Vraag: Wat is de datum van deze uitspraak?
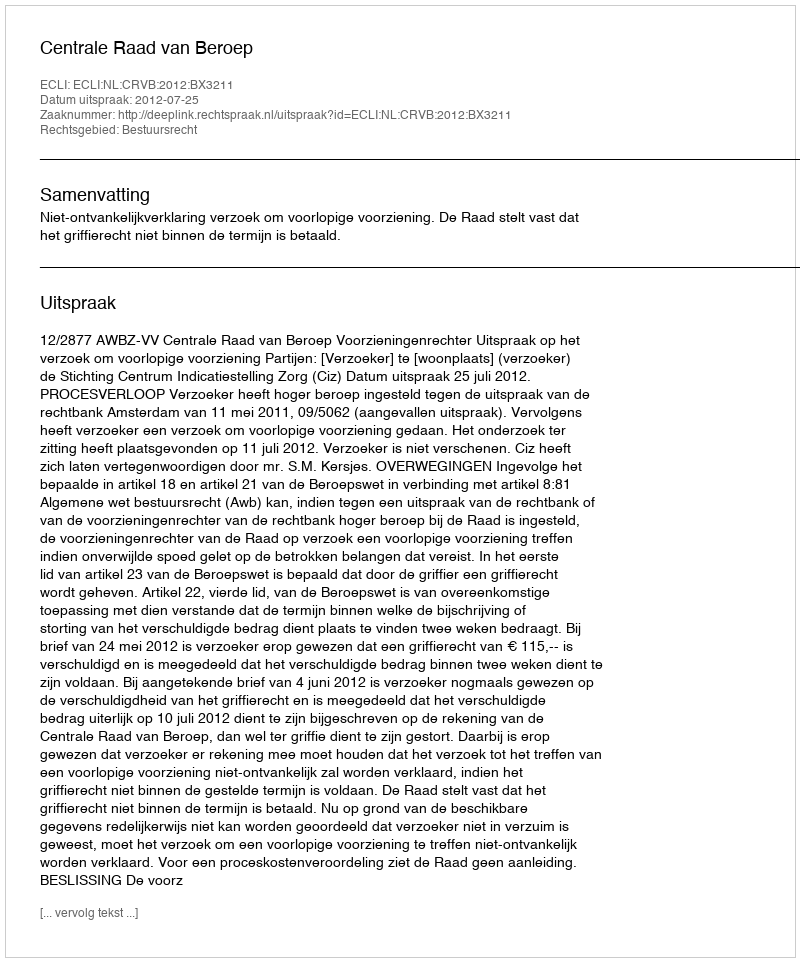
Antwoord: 2012-07-25